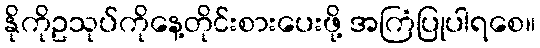
နိုကိုဥသုပ်ကိုနေ့တိုင်းစားပေးဖို့ အကြံပြုပါရစေ။